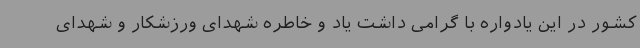
کشور در این یادواره با گرامی داشت یاد و خاطره شهدای ورزشکار و شهدای